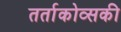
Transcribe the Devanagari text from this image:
तर्ताकोव्सकी